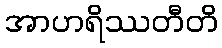
အာဟရိဿတီတိ